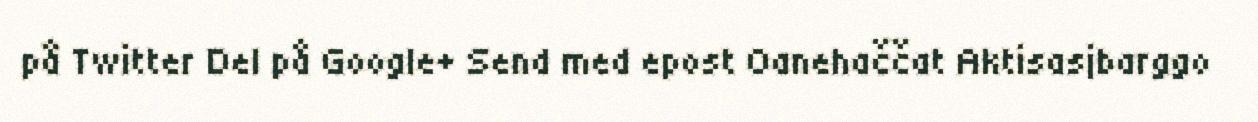
på Twitter Del på Google+ Send med epost Oanehaččat Aktisasjbarggo